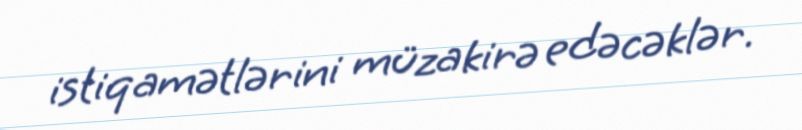
istiqamətlərini müzakirə edəcəklər.